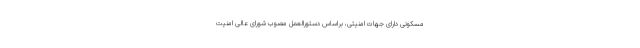
مسکونی دارای جهات امنیتی، براساس دستورالعمل مصوب شورای عالی امنیت